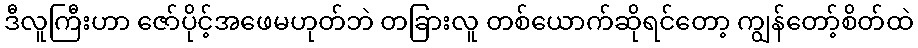
ဒီလူကြီးဟာ ဇော်ပိုင့်အဖေမဟုတ်ဘဲ တခြားလူ တစ်ယောက်ဆိုရင်တော့ ကျွန်တော့်စိတ်ထဲ